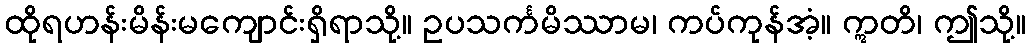
ထိုရဟန်းမိန်းမကျောင်းရှိရာသို့။ ဥပသင်္ကမိဿာမ၊ ကပ်ကုန်အံ့။ ဣတိ၊ ဤသို့။